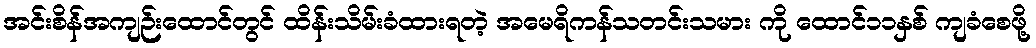
အင်းစိန်အကျဉ်းထောင်တွင် ထိန်းသိမ်းခံထားရတဲ့ အမေရိကန်သတင်းသမား ကို ထောင်၁၁နှစ် ကျခံစေဖို့